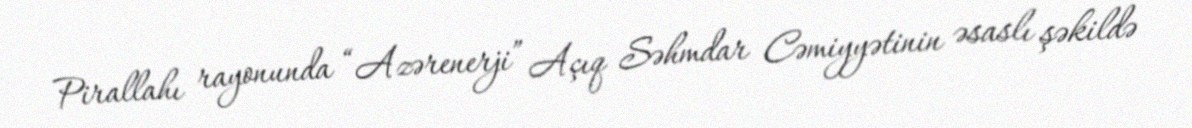
Pirallahı rayonunda “Azərenerji” Açıq Səhmdar Cəmiyyətinin əsaslı şəkildə